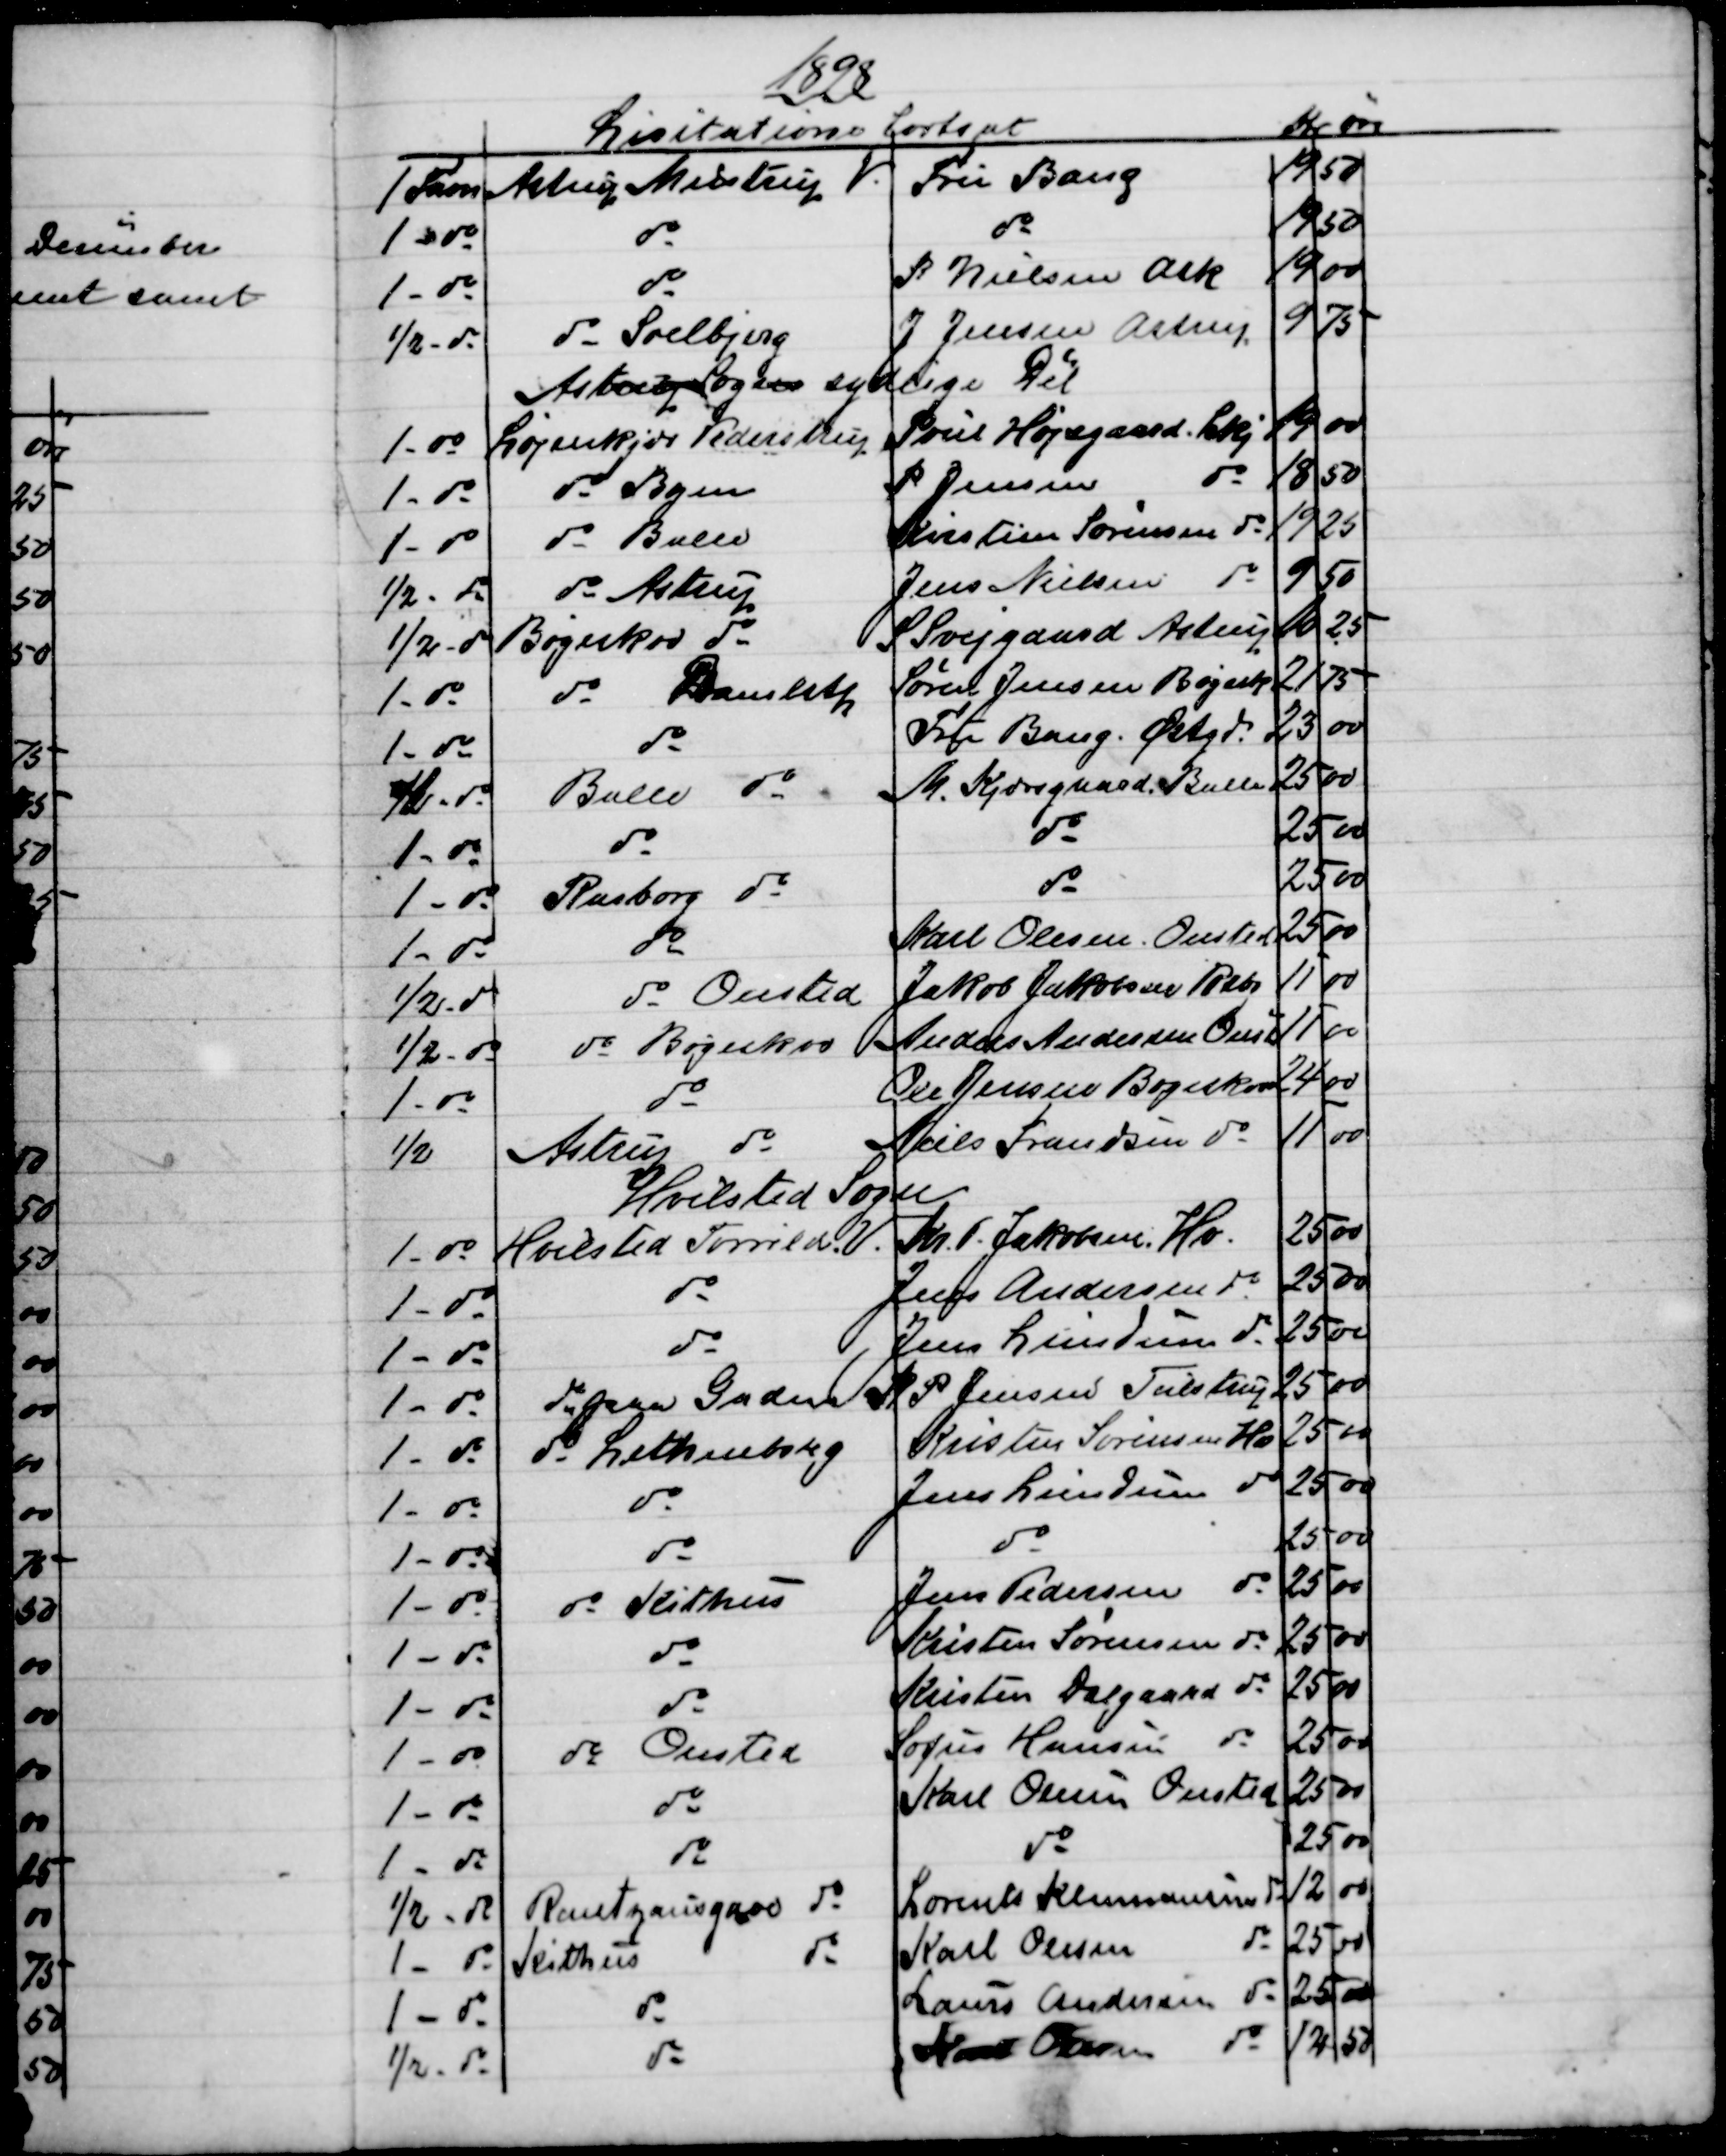
Transskription:
1898
Lisitatione fortsat
Kr  
Øre
1 Favn
 Astrup Mustrup V.
Fru Bang
19
50
1 - do
do
do
19
50
1 - do
do
P Nielsen Ask
19
00
½ - do
do - Soelbjerg
J. Jensen Astrup
9
75
Astrup Sogns sydlige Dél
1 - do 
Løjenkjær Pederstrup
Poul Højsgaard. Lkj
19 
00
1 - do
do   Byen
P. Jensen
do
18
50
1 - do
do  Balle
Kirstine Sørensen do
19
25
½ - do
do  Astrup
Jens Nielsen do
9
50
½ - do
Bøgeskov  do
S Svejgaard Astrup
16
25
1 - do
do  Dramlstp
Søren Jensen Bøgesk
21
75
1 - do
do
Fru Bang. Østgd.
23
00
1 - do
Balle  do
M. Kjærsgaard, Balle
25
00
1 - do
do
do
25
00
1 - do
Rasborg  do
do
25
00
1 - do
do
Karl Olesen Onsted
25 
00
½ - do
do Onsted
Jakob Jakobsen Rebr
11
00
½ - do
do Bøgeskov  
Anders Andersen Onst.
11
00
1 - do
do
Ole Jensen Bøgeskov
24
00
½
Astrup do
Niels Frandsen do
11
00
Hvilsted Sogn
1 - do
Hvilsted Torrild V.
Kr. P. Jakobsen, Hv.
25
00
1 - do
do
Jens Andersen do
25 
00
1 - do
do
Jens Lundum do
25
00
1- do
 do paa Gaden.
R P Jensen Tulstrup
25
00
1 - do
do  Lethenborg
Kristen Sørensen Hv
25
00
1 - do
do
Jens Lundum do
25
00
1 - do
do
do
25
00
1- do
do Kithus
Jens Pedersen do
25
00
1 - do
do
Kristen Sørensen do
25
00
1 - do
do
Kristen Dalgaard do
25
00
1- do
do Onsted
Sofus Hansen do
25
00
1 - do
do
Karl Olesen Onsted
25
00
1 - do
do
do
25
00
½ - do
Rantzausgave do
Lorents Klemmensen do
12
00
1 - do
Kithus
do
Karl Olesen
do
25
00
1 - do
do
Laurs Andersen do
25
00
½ - do
do
Hans Olesen 
do  
12
50